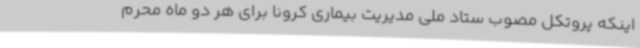
اینکه پروتکل مصوب ستاد ملی مدیریت بیماری کرونا برای هر دو ماه محرم